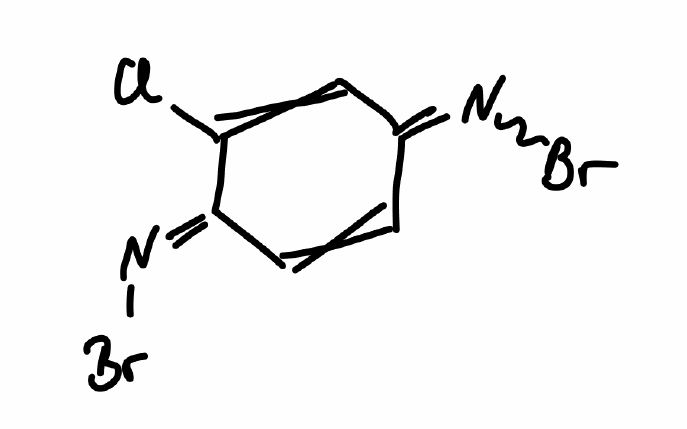
Simplified molecular-input line-entry system (SMILES) notation of the given molecule:
C\1=C/C(=N\Br)/C(=C/C1=N/Br)Cl